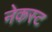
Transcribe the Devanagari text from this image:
नेकस्ट